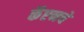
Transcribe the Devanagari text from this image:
कॅप्टनचे